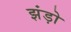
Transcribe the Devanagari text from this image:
झंड़ो